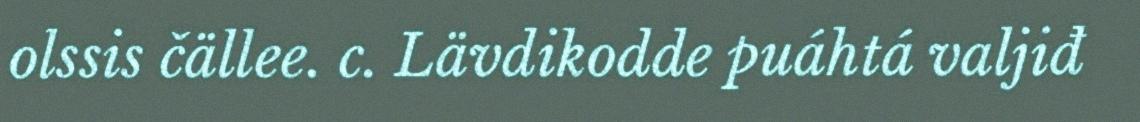
olssis čällee. c. Lävdikodde puáhtá valjiđ